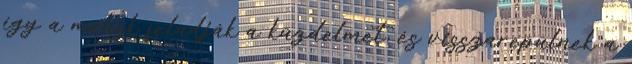
így a méhek feladják a küzdelmet, és visszarepülnek a